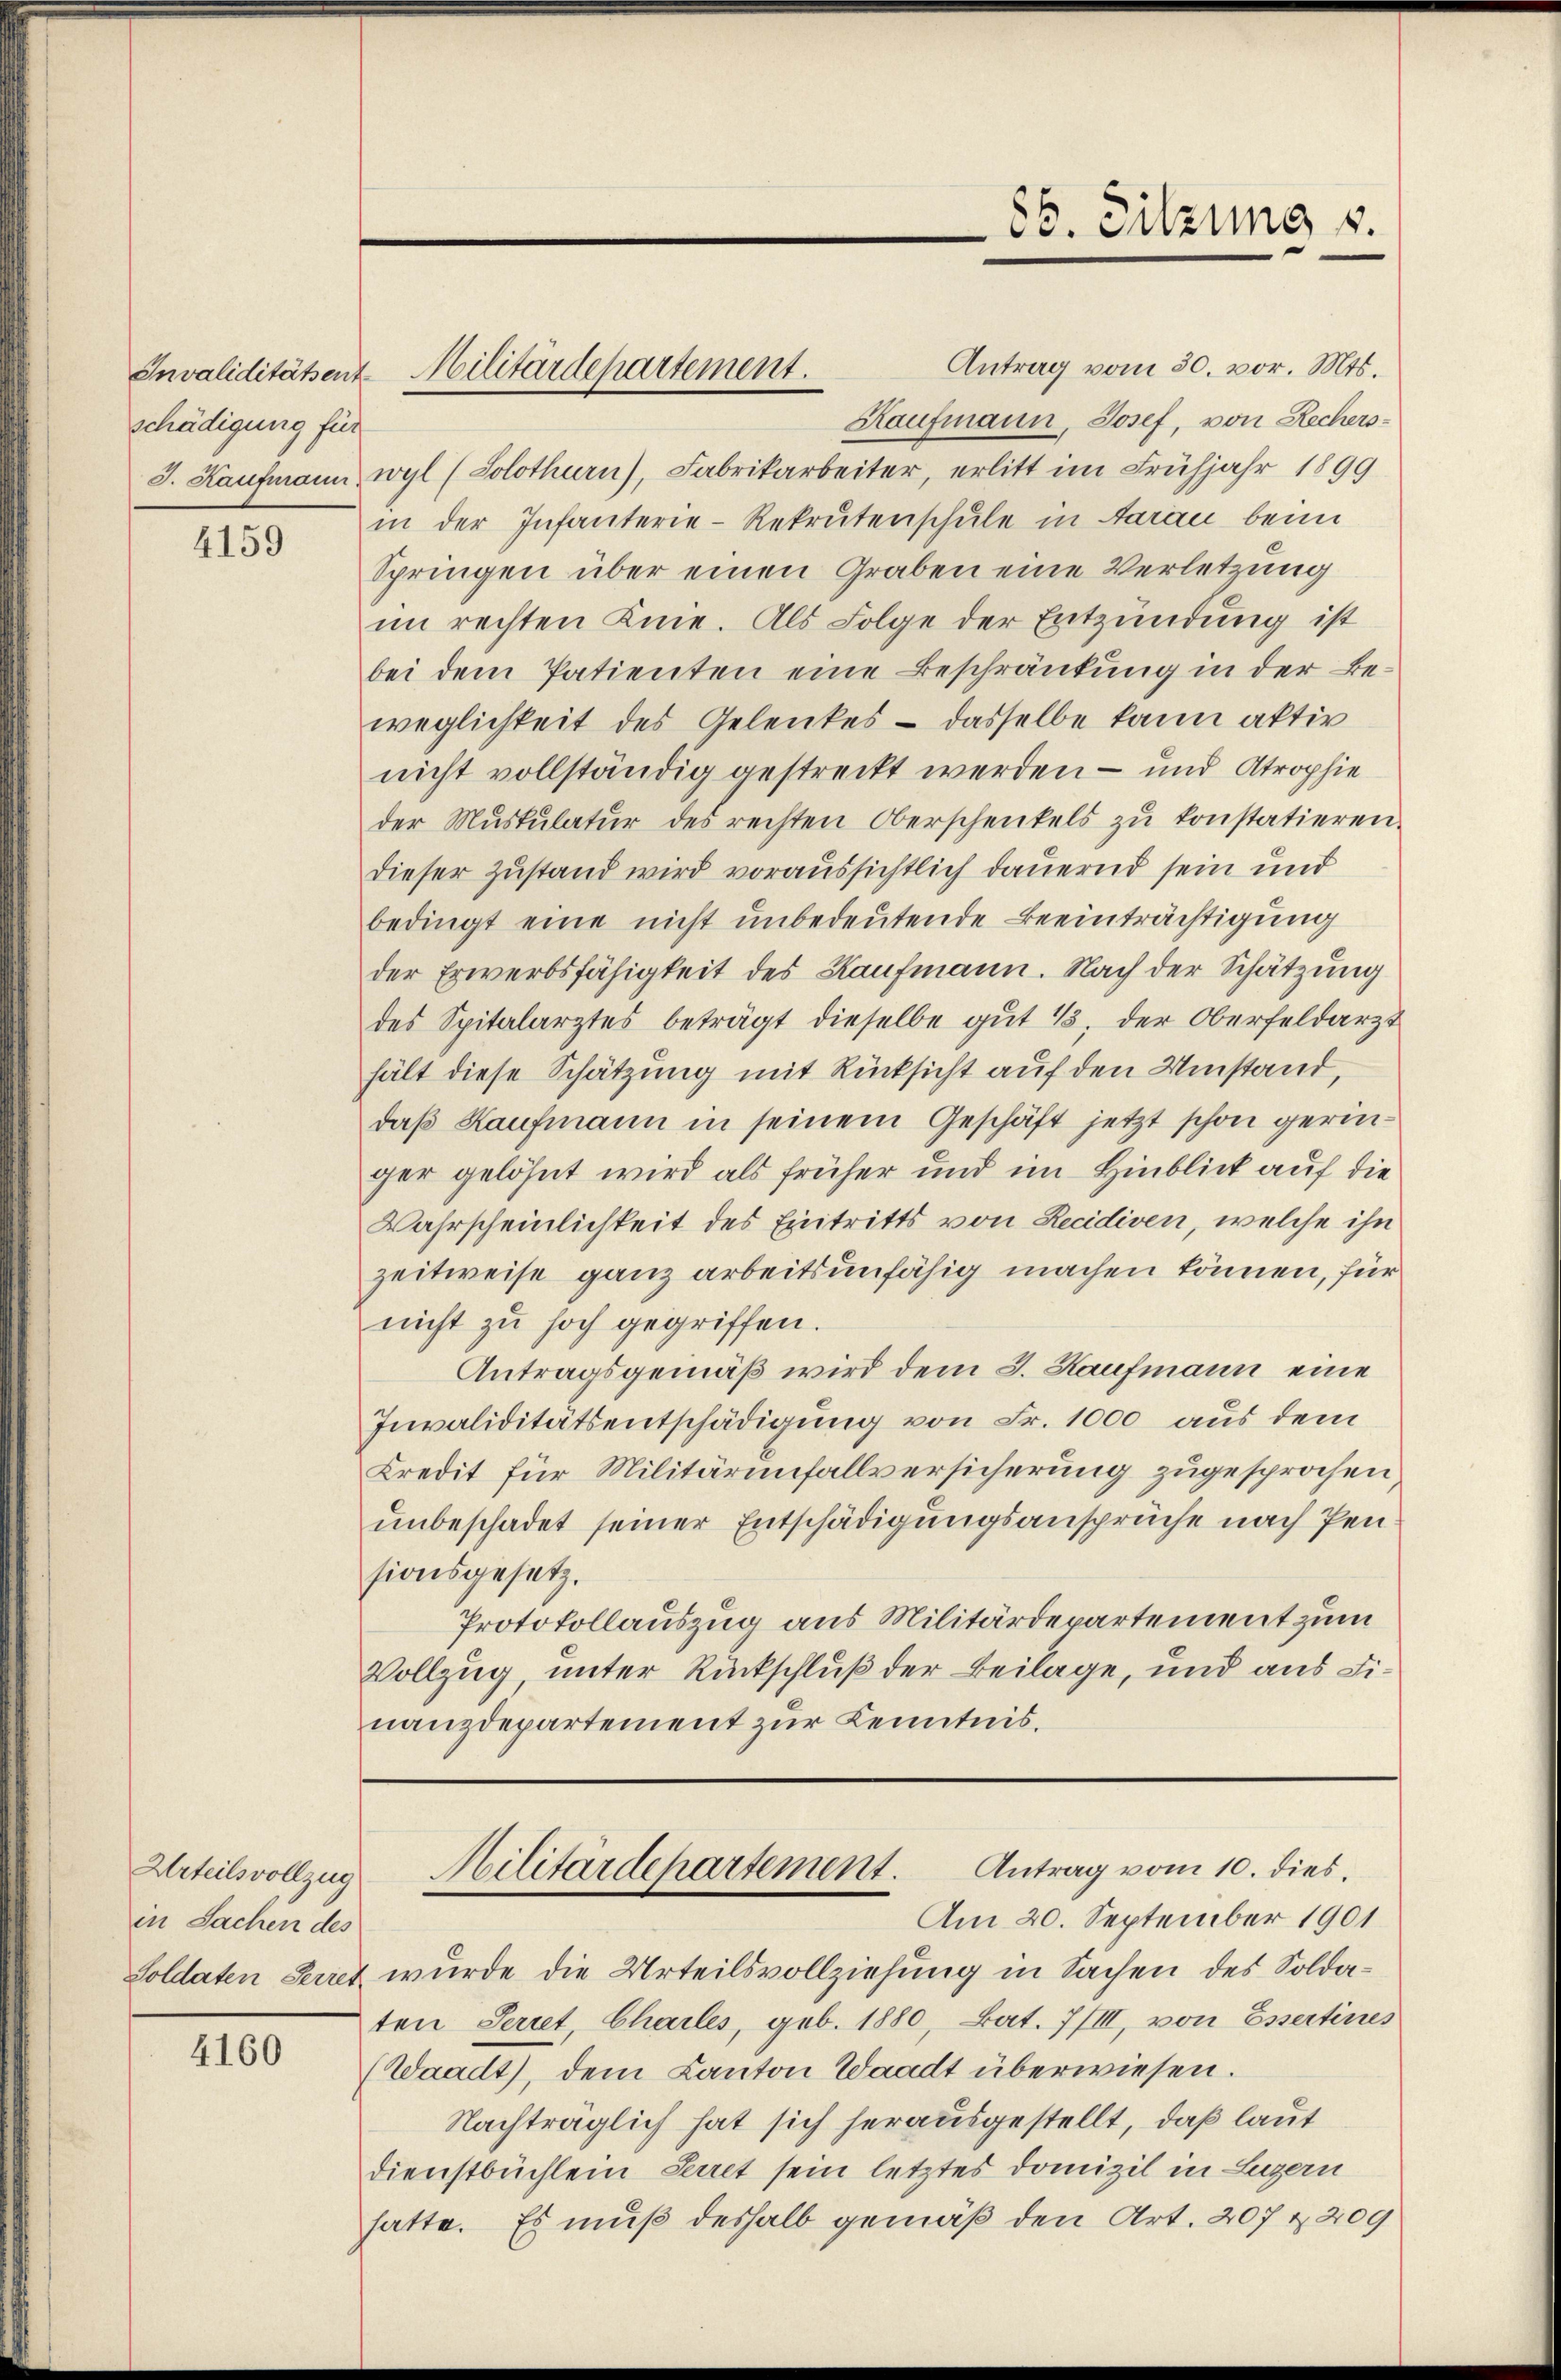
schädigung für

4159

in Sachen des

4160

Antrag vom 30. vor. Mts.
Kaufmann, Josef, von Rechers¬
J. Kaufmann wyl (Solothurn), Fabrikarbeiter, erlitt im Frühjahr 1899
in der Infanterie-Rekrutenschule in Aarau beim
Springen über einen Graben eine Verletzung
im rechten Knie. Als Folge der Entzündung ist
bei dem Patienten eine Beschränkung in der Beweglichkeit des Gelenkes – dasselbe kann aktir
nicht vollständig gestreckt werden – und Atrophie
der Mŭskŭlatŭr des rechten Oberschenkels zu konstatieren.
dieser Zustand wird voraussichtlich dauernd sein und
bedingt eine nicht unbedeutende Beeinträchtigung
der Erwerbsfähigkeit des Kaufmann. Nach der Schätzung
des Spitalarztes beträgt dieselbe gut 1, der Oberfeldarzt
hält diese Schätzung mit Rücksicht auf den Umstand,
daß Kaufmann in seinem Geschäft jetzt schon geringer gelöhnt wird als früher und im Hinblick auf die
Wahrscheinlichkeit des Eintritts von Recidiven, welche ihn
zeitweise ganz arbeitsunfähig machen können, für
nicht zu hoch gegriffen.
Antragsgemäß wird dem 3. Haufmann eine
Invaliditätsentschädigung von Fr. 1000 aus dem
Kredit für Militärunfallversicherung zugesprochen,
unbeschadet seiner Entschädigungsansprüche nach Pen
sionsgesetz.
Protokollauszug aus Militärdepartement zum
Vollzug, unter Rückschluß der Beilage, und aus Dinanzdepartement zur Kenntnis.

Invaliditätsent Militärdepartement.

86. Sitzung 8.

Urteilsvollzug Militärdepartement. Antrag vom 10. dies
Am 20. September 1901

Soldaten Secret wurde die Urteilsvollziehung in Sachen des Soldaten Seriet Charles, geb. 1880, Bat. 7/III, von Essertines
(Waadt), dem Canton Waadt überwiesen.
Nachträglich hat sich herausgestellt, daß laut
Dienstbüchlein Secret sein letztes Domizil in Luzern
hatte. Es muß deshalb gemäß den Art. 207 Z. 209